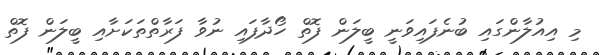
މި އިއުލާންގައި ބުނެފައިވަނީ ބީލަން ފޮތް ހޯދާފައި ނުވާ ފަރާތްތަކަށާއި ބީލަން ފޮތް